Eesti_Ajutise_Maavalitsuse_haridusosakond, lk 16
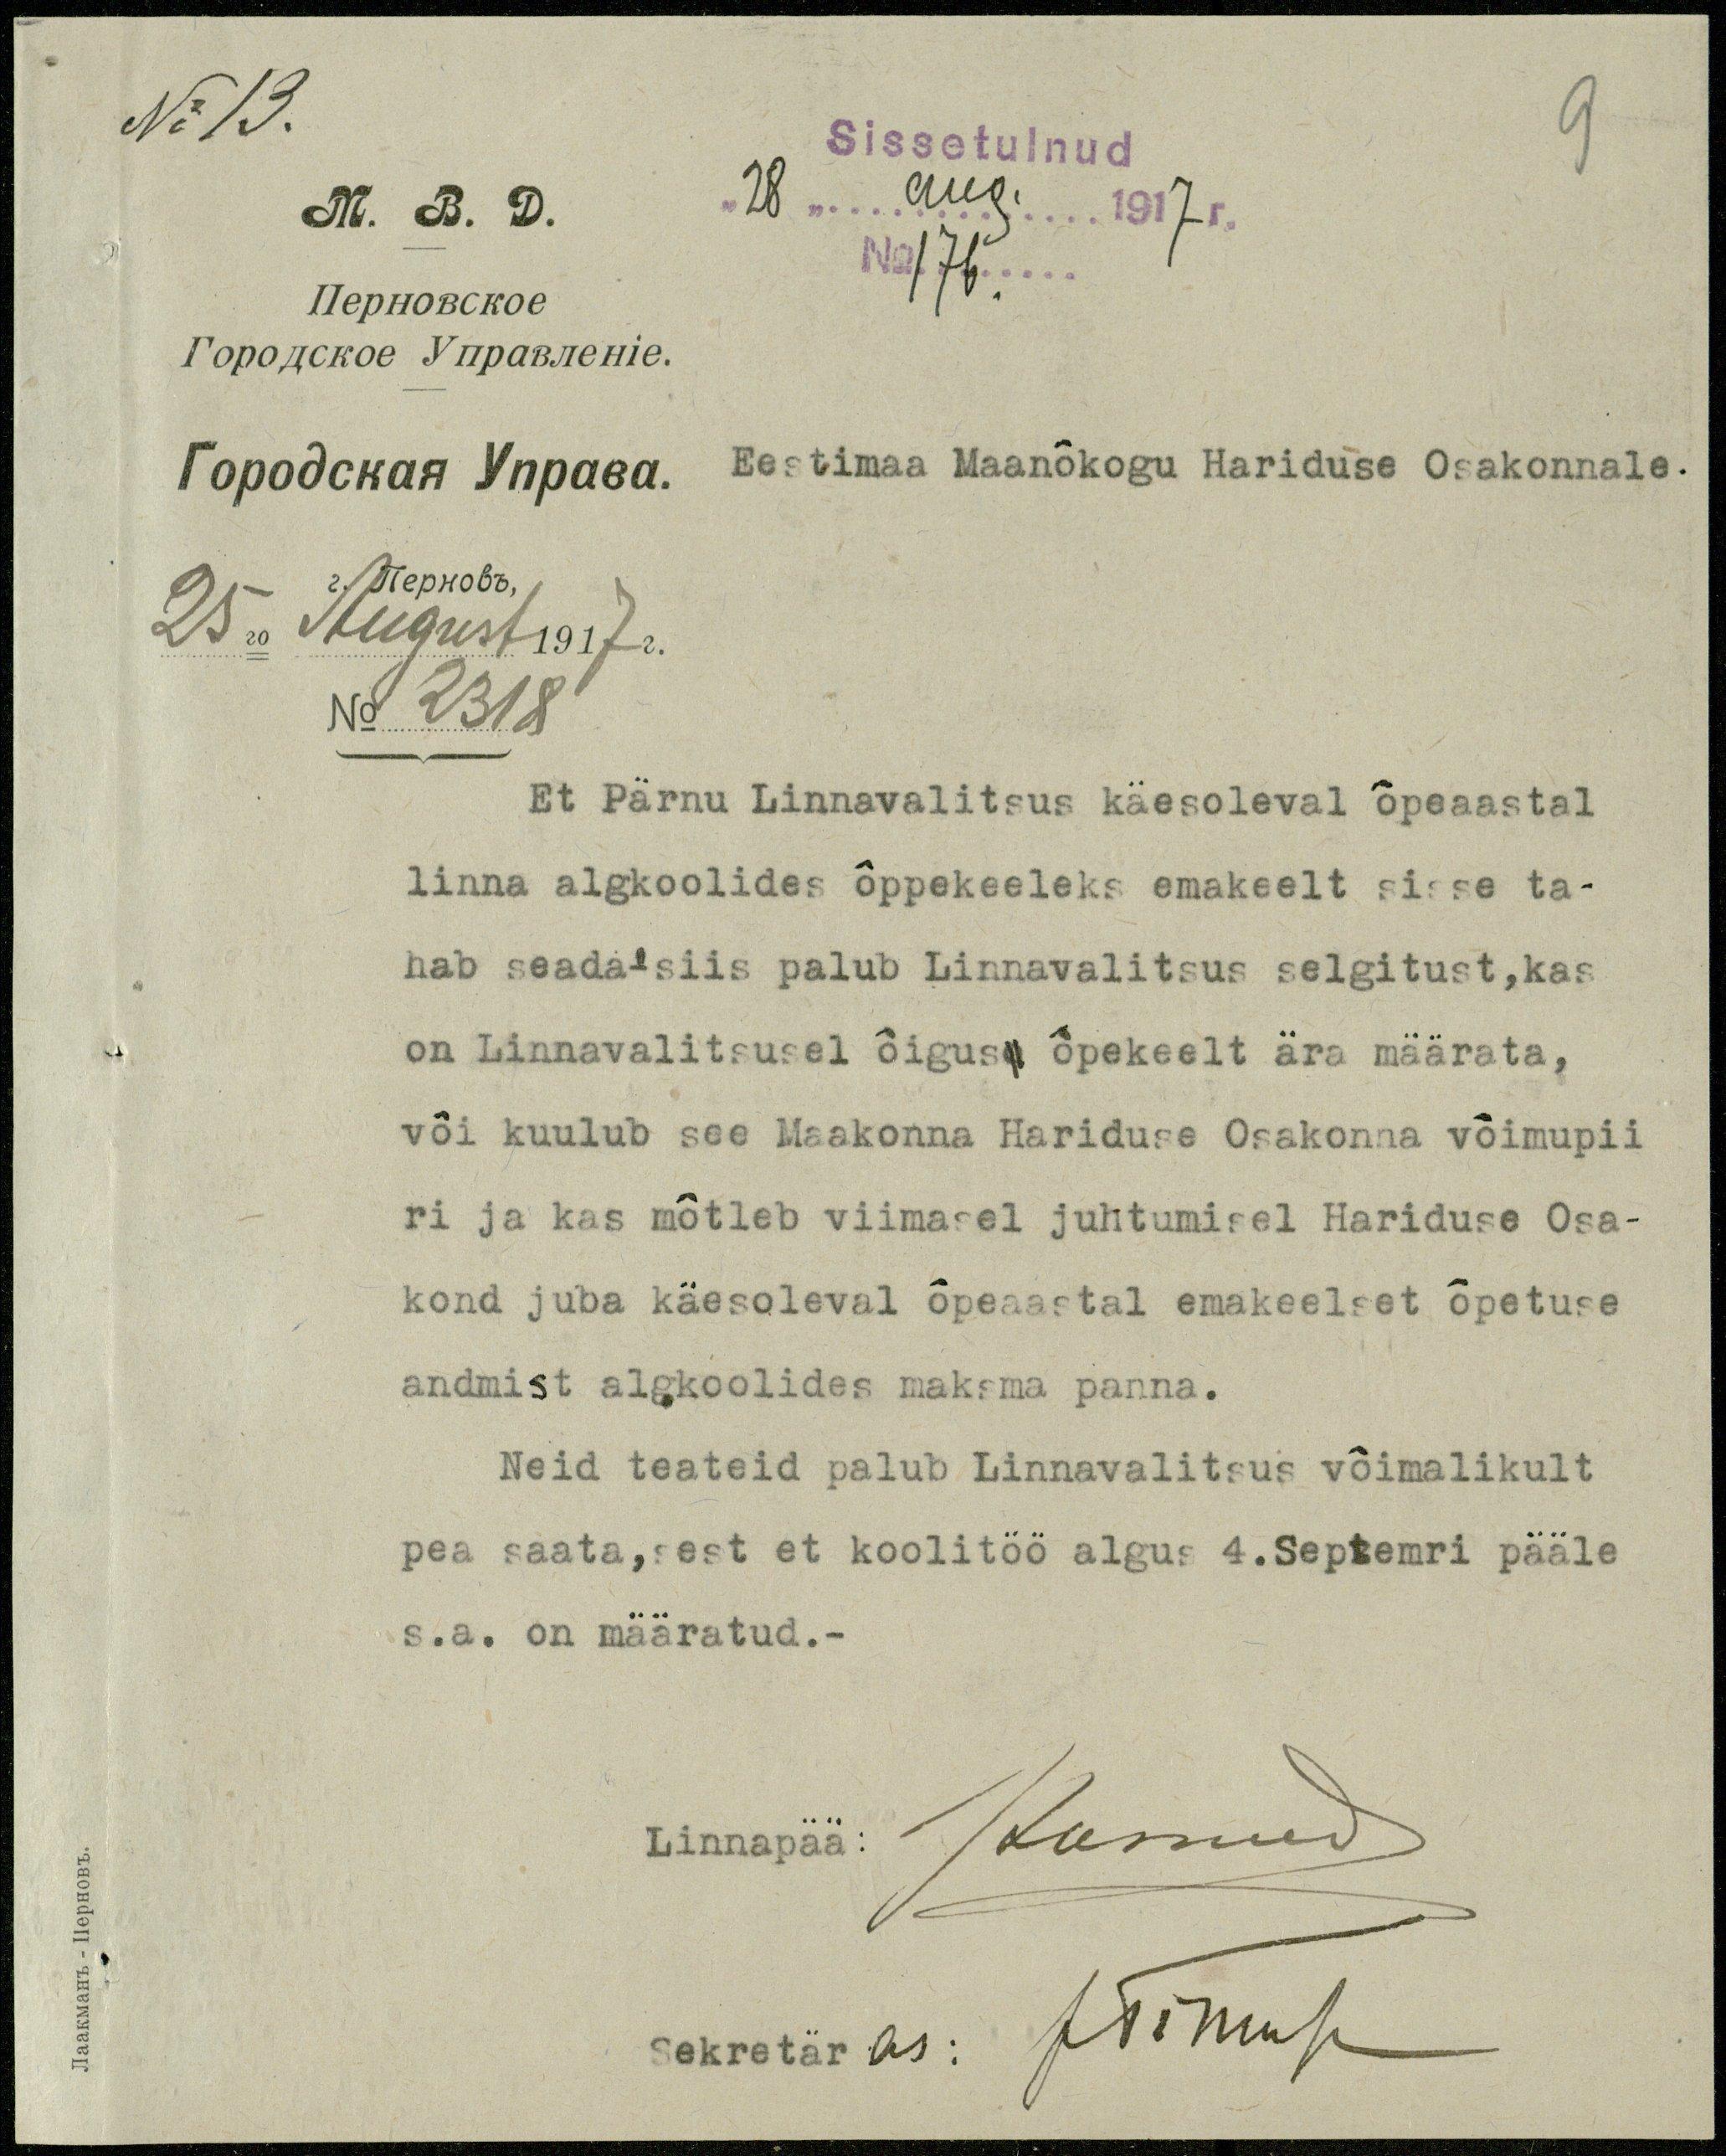
No 13.
M. B. D.
Eestimaa Maanõkogu Hariduse Osakonnale.
25go August 1917 g.
No 2318
Et Pärnu Linnavalitsus käesoleval õpeaastal
linna algkoolides õppekeeleks emakeelt sisse ta-
hab seada siis palub Linnavalitsus selgitust, kas
on Linnavalitsusel õigus- õpekeelt ära määrata,
või kuulub see Maakonna Hariduse Osakonna võimupii
ri ja kas mõtleb viimasel juhtumisel Hariduse Osa-
kond juba käesoleval õpeaastal emakeelset õpetuse
andmist algkoolides maksma panna.
Neid teateid palub Linnavalitsus võimalikult
pea saata, sest et koolitöö algus 4. Septemri pääle
s.a. on määratud.-
Linnapää: JTunnud
Sekretär as: firmuse

9

Sissetulnud
"28" aug. 1917r.
No 176